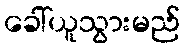
ခေါ်ယူသွားမည်